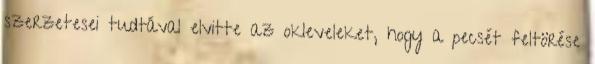
szerzetesei tudtával elvitte az okleveleket, hogy a pecsét feltörése